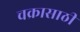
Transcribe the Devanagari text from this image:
चक्रासाठी